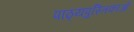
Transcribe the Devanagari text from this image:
पाठ्यपुस्तिकाओं